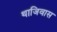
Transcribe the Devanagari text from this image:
थाजिवास